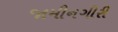
જામીનગીરી